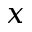
x